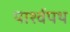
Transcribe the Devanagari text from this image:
पार्श्‍वपथ